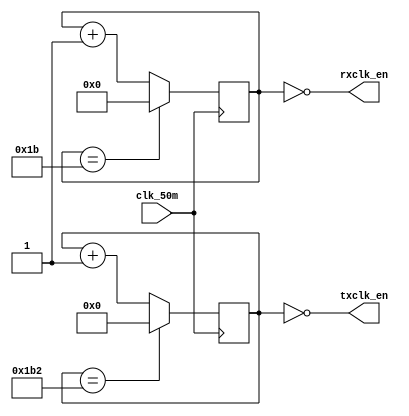
`timescale 1ns / 1ps
// Saeed Akbar Khan  041-18-0020

module baud_rate_gen(input wire clk_50m,
		     output wire rxclk_en,
		     output wire txclk_en);

parameter RX_ACC_MAX = 50000000 / (115200 * 16);
parameter TX_ACC_MAX = 50000000 / 115200;
parameter RX_ACC_WIDTH = $clog2(RX_ACC_MAX);
parameter TX_ACC_WIDTH = $clog2(TX_ACC_MAX);
reg [RX_ACC_WIDTH - 1:0] rx_acc = 0;
reg [TX_ACC_WIDTH - 1:0] tx_acc = 0;

assign rxclk_en = (rx_acc == 5'd0);
assign txclk_en = (tx_acc == 9'd0);

always @(posedge clk_50m) begin
	if (rx_acc == RX_ACC_MAX[RX_ACC_WIDTH - 1:0])
		rx_acc <= 0;
	else
		rx_acc <= rx_acc + 5'b1;
end

always @(posedge clk_50m) begin
	if (tx_acc == TX_ACC_MAX[TX_ACC_WIDTH - 1:0])
		tx_acc <= 0;
	else
		tx_acc <= tx_acc + 9'b1;
end 

endmodule